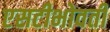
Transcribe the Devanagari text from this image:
एसटीभोवती